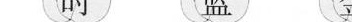
B.没有动物，生态系统的物质循环将无法进行